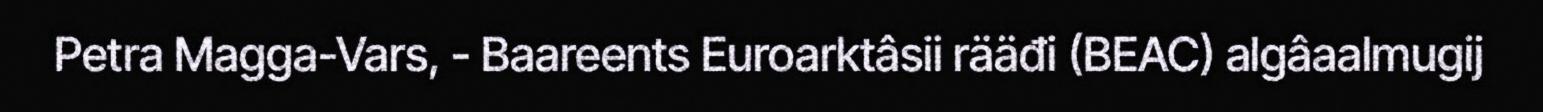
Petra Magga-Vars, - Baareents Euroarktâsii rääđi (BEAC) algâaalmugij